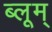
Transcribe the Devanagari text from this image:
ब्लूम्